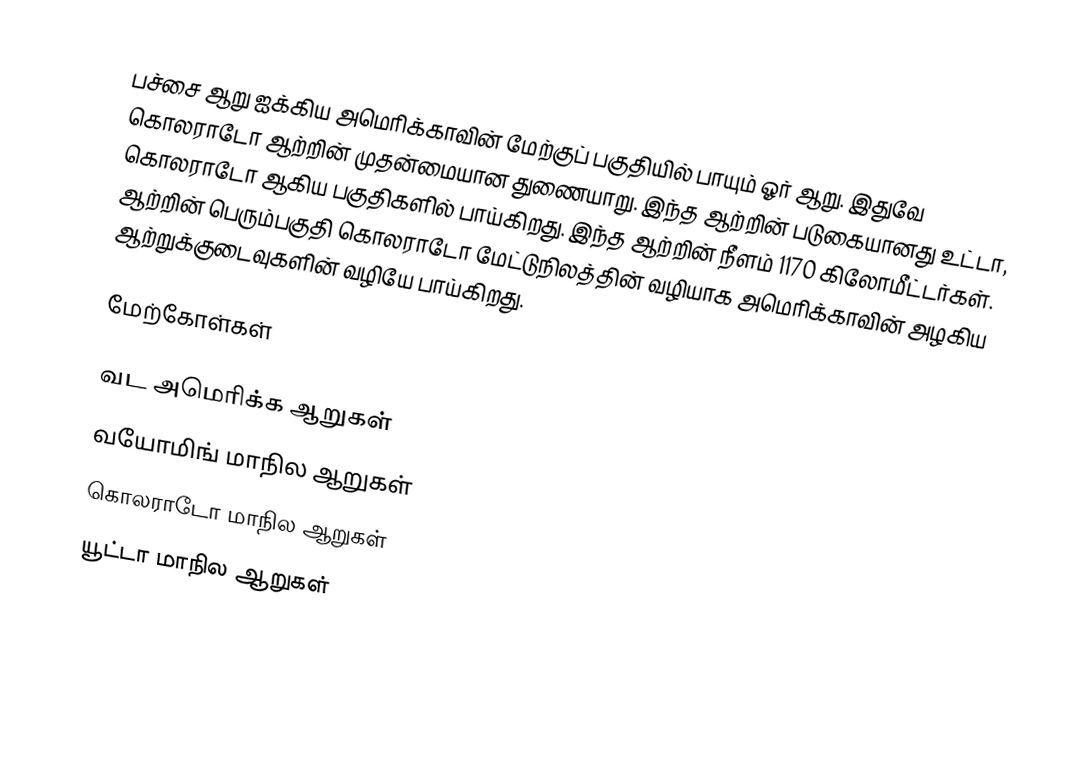
பச்சை ஆறு ஐக்கிய அமெரிக்காவின் மேற்குப் பகுதியில் பாயும் ஓர் ஆறு. இதுவே கொலராடோ ஆற்றின் முதன்மையான துணையாறு. இந்த ஆற்றின் படுகையானது உட்டா, கொலராடோ ஆகிய பகுதிகளில் பாய்கிறது. இந்த ஆற்றின் நீளம் 1170 கிலோமீட்டர்கள். ஆற்றின் பெரும்பகுதி கொலராடோ மேட்டுநிலத்தின் வழியாக அமெரிக்காவின் அழகிய ஆற்றுக்குடைவுகளின் வழியே பாய்கிறது.

மேற்கோள்கள்

வட அமெரிக்க ஆறுகள்
வயோமிங் மாநில ஆறுகள்
கொலராடோ மாநில ஆறுகள்
யூட்டா மாநில ஆறுகள்